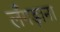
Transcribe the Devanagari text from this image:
लँगड़ाना